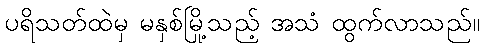
ပရိသတ်ထဲမှ မနှစ်မြို့သည့် အသံ ထွက်လာသည်။